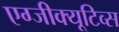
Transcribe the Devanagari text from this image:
एग्जीक्यूटिव्स